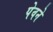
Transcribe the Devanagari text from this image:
पेवने